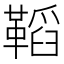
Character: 鞱